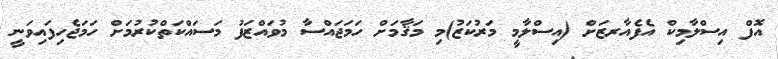
އޮފް އިސްލާމިކް އެފެއާރޒަށް (އިސްލާމީ މަރުކަޒު)މި މަޤާމަށް ހަމަޖައްސާ މުވައްޒަފު މަސައްކަތްކުރުމަށް ހަމަޖެހިފައިވަނީ